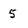
Character: 5